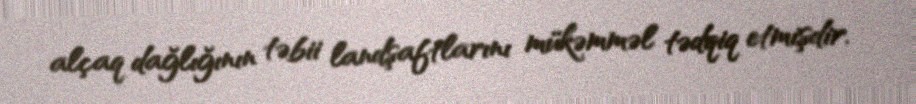
alçaq dağlığının təbii landşaftlarını mükəmməl tədqiq etmişdir.